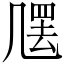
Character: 𠙣